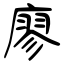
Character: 廖